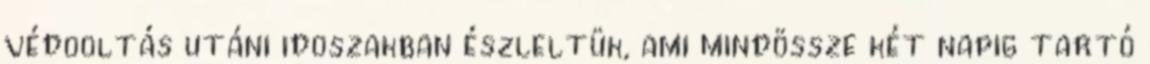
védõoltás utáni idõszakban észleltük, ami mindössze két napig tartó